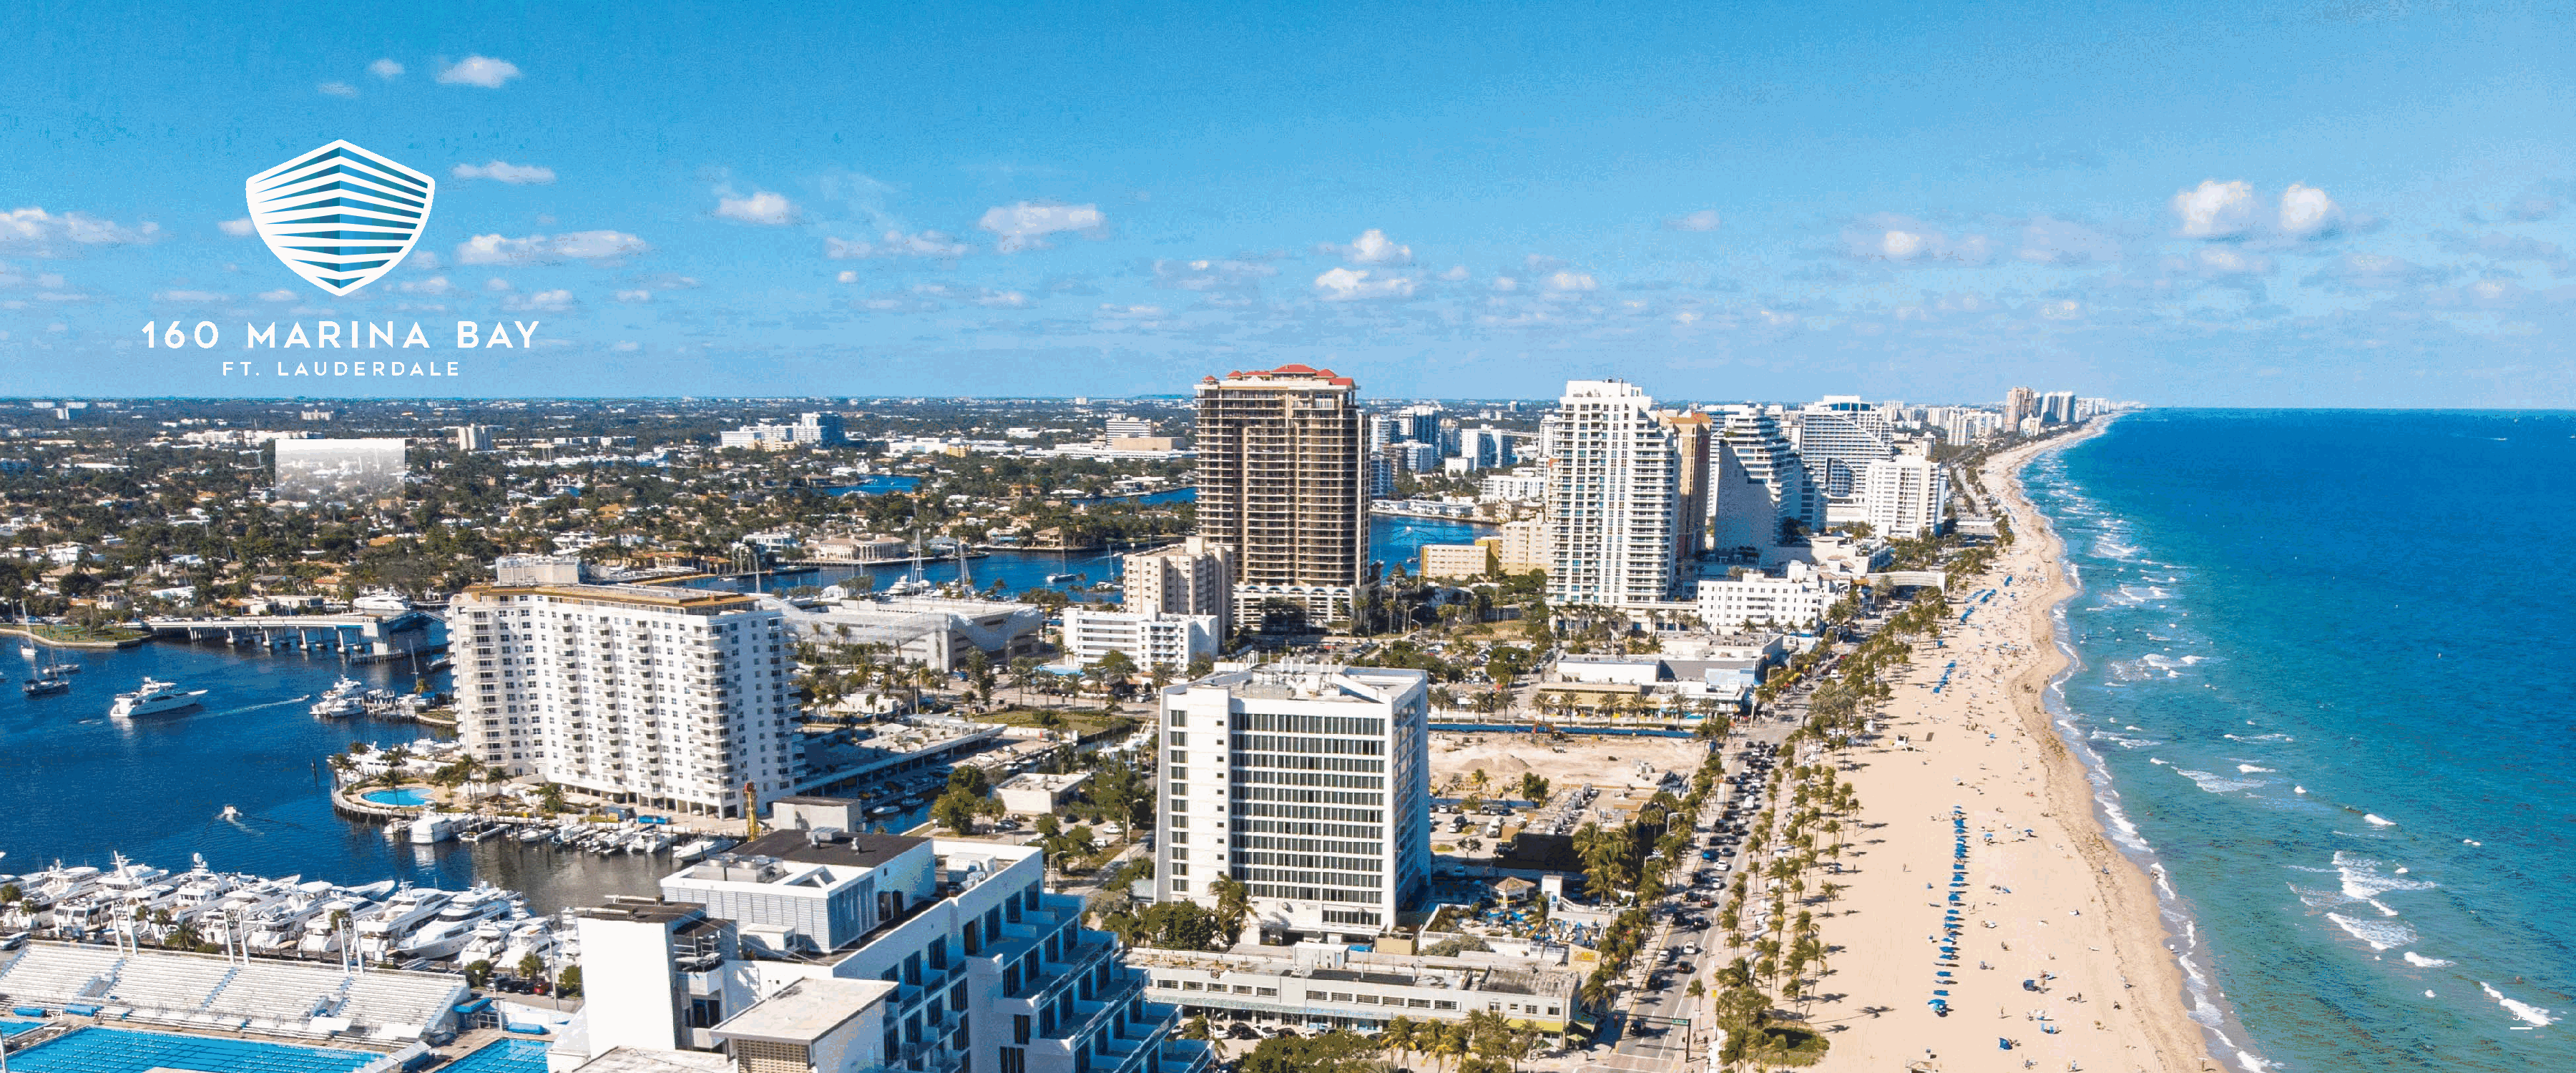
5544                                                                                                                                                                                                                                5555